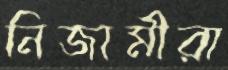
নিজামীরা